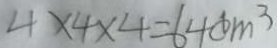
4 \times 4 \times 4 = 6 4 c m ^ { 3 }